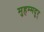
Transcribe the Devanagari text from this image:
मुहम्मदुर्